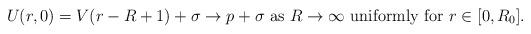
LaTeX: \begin{align*} U(r,0)=V(r-R+1)+\sigma\to p+\sigma \mbox{ as $R\to\infty$ uniformly for $r\in [0, R_0]$}. \end{align*}